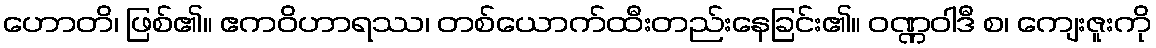
ဟောတိ၊ ဖြစ်၏။ ဧကဝိဟာရဿ၊ တစ်ယောက်ထီးတည်းနေခြင်း၏။ ဝဏ္ဏဝါဒီ စ၊ ကျေးဇူးကို